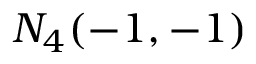
N _ { 4 } ( - 1 , - 1 )